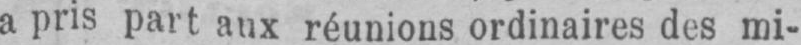
a pris part aux réunions ordinaires des mi-